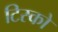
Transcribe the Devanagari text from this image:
टिस्‍को